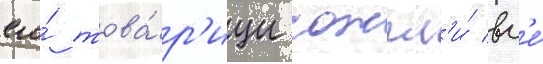
его́ това́р'ищи сожгл'и́ вс'е́